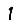
Digit: 1